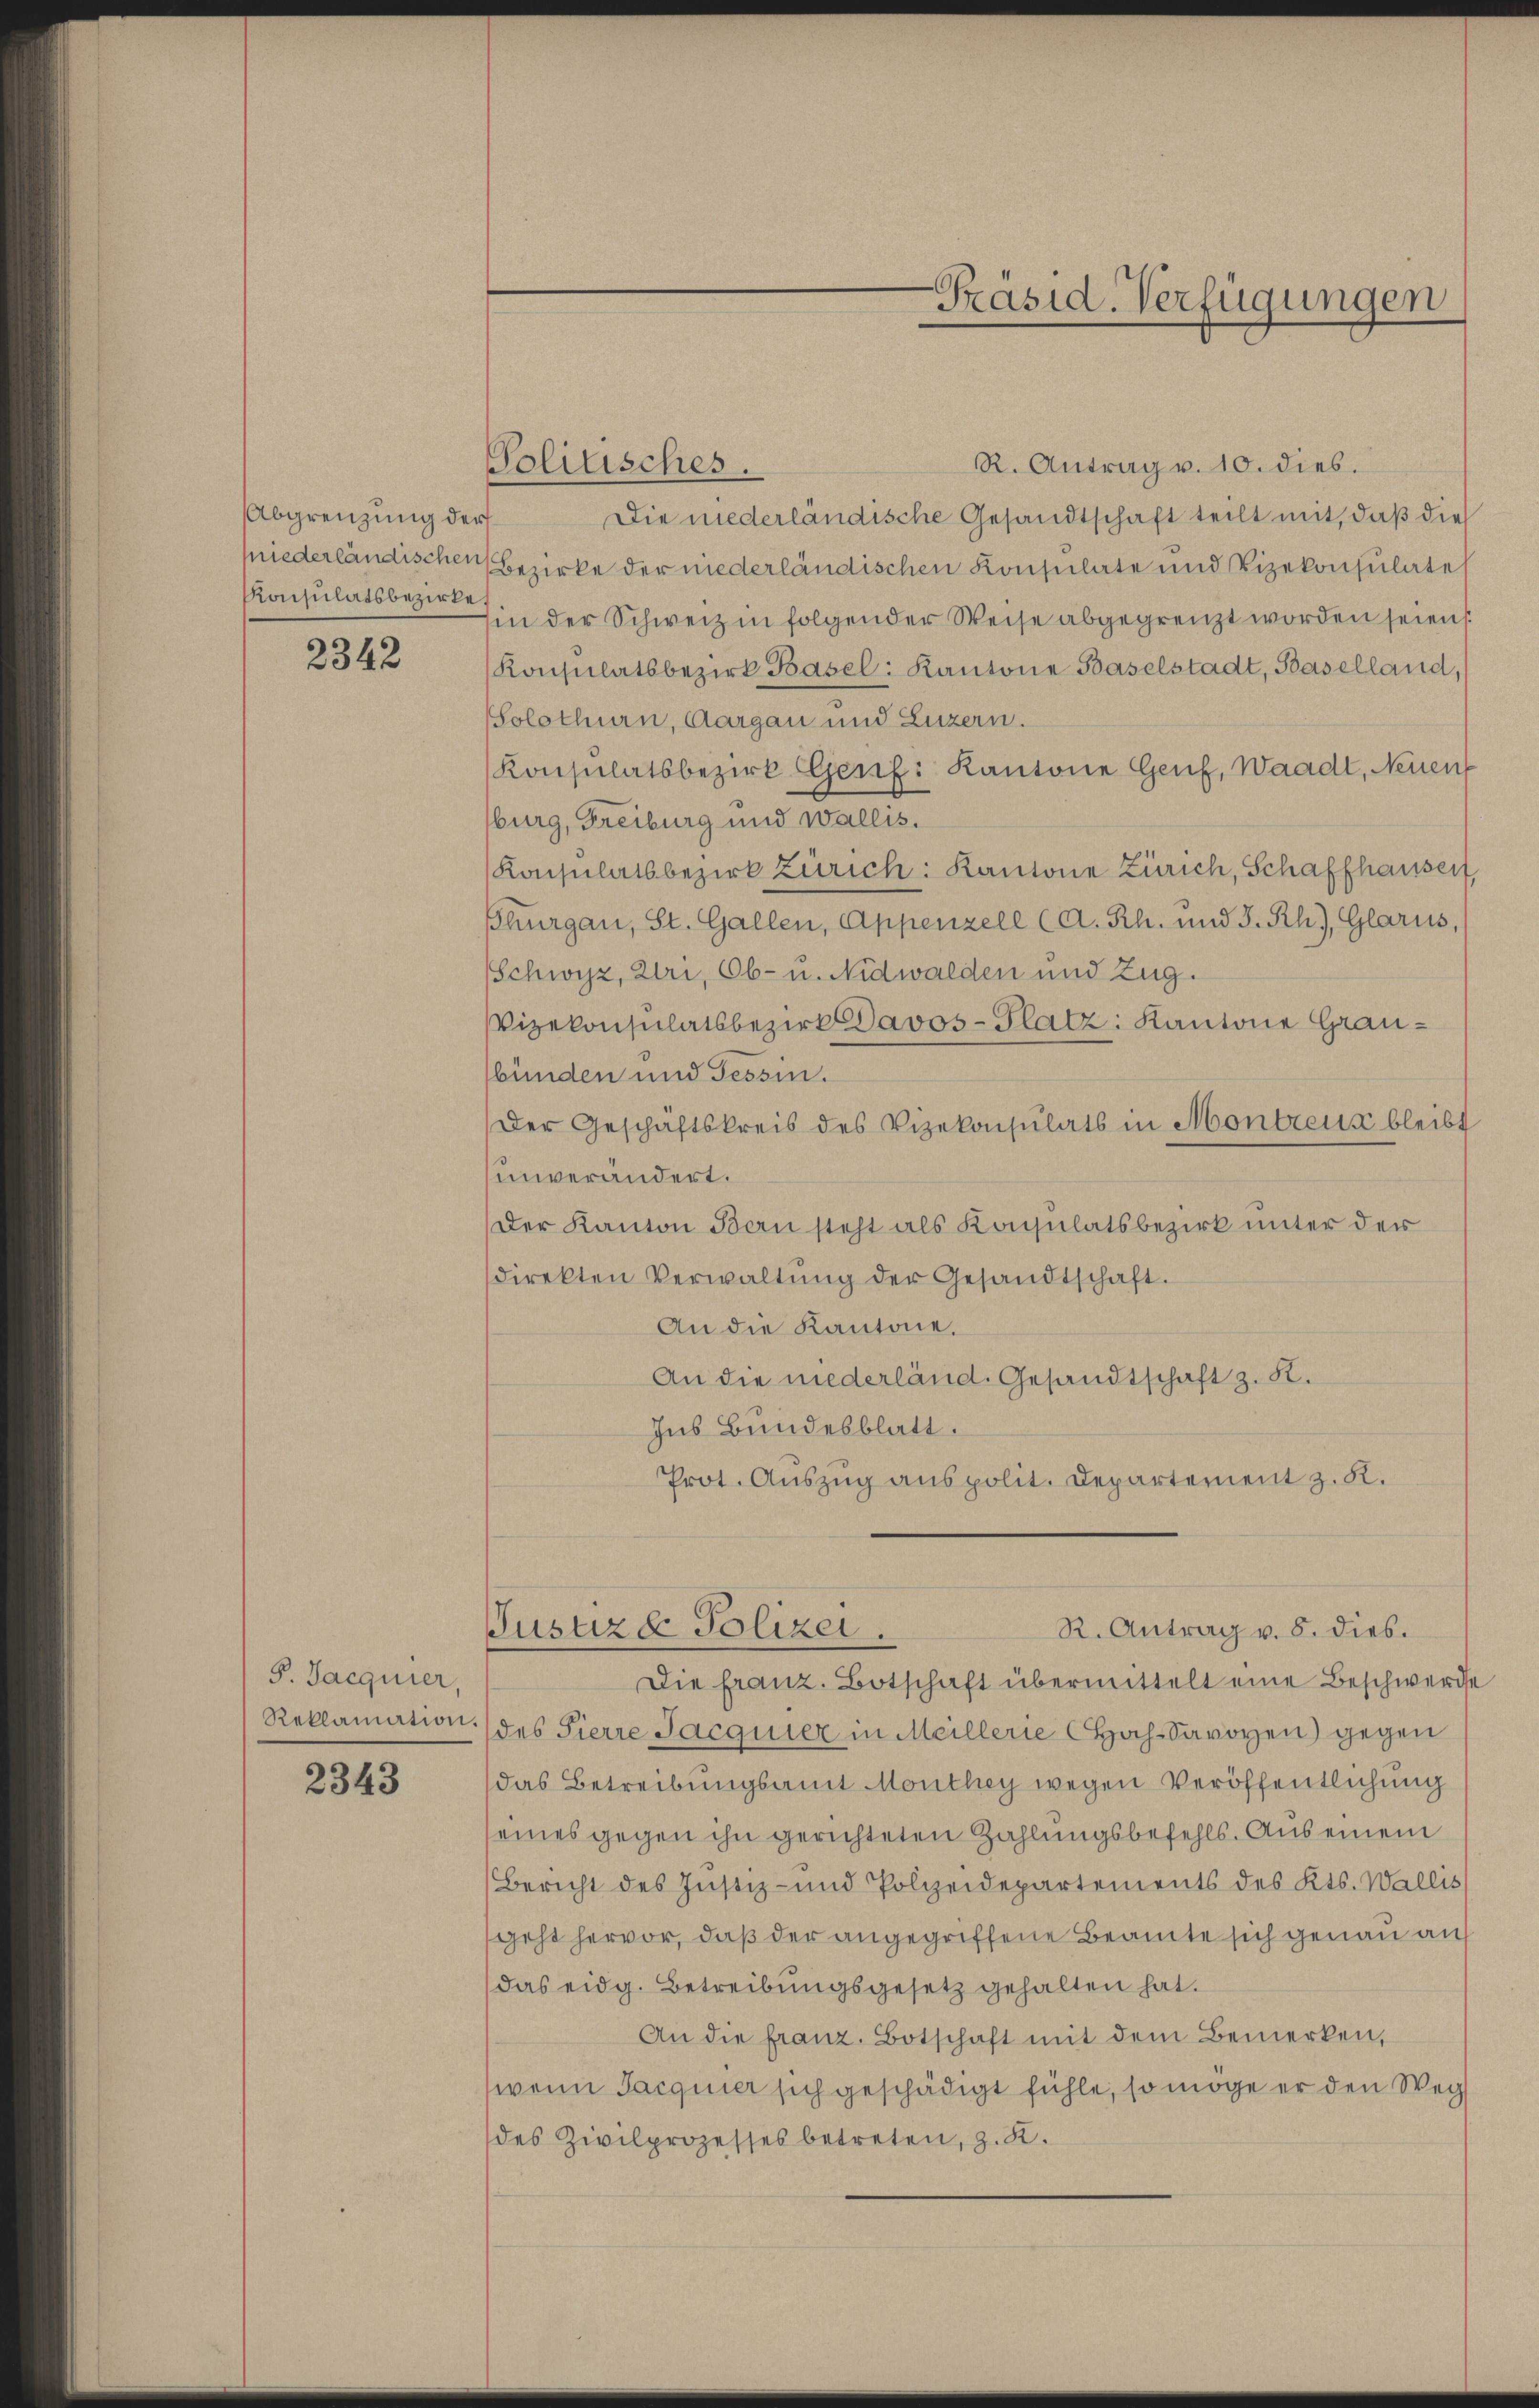
Abgrenzung der
niederländischen
Konsulatsbezirke

2342

P. Jacquier,
Reklamation.

2343

Politisches
R. Antrag v. 10. dies.
Die niederländische Gesandtschaft teilt mit, daß die
Bezirke der niederländischen Konsulate und Vizekonsulate
in der Schweiz in folgender Weise abgegrenzt worden seien
Konsulatsbezirk Basel: Kantone Baselstadt, Baselland,
Solothurn, Aargau und Luzern.
Konsulatsbezirk Gerifi Kantone Genf, Waadt, Neuen
burg, Freiburg und Wallis.
Konsulatsbezirk Zürich: Kantone Zürich, Schaffhausen,
hurgau, St. Gallen, Appenzell (A. Rh. und J. Rh.), Glarus,
Schwyz, Uri, Ob- u. Nidwalden und Zug.
Vizekonsulatsbezirk Davos- Platz: Kantone Graubünden und Tessin.
Der Geschäftskreis des Vizekonsulats in Montreux bleibt
unverändert.
Der Kanton Bern steht als Konsulatsbezirk unter der
direkten Verwaltŭng der Gesandtschaft.
An die Kantone.
An die niederländ. Gesandtschaft z. K.
Ins Bundesblatt.
Prot. Auszug aus polit. Departement z. K.

Justizd Polizei.

Präsid. Verfügungen

R. Antrag v. 8. dies.
Die franz. Botschaft übermittelt eine Beschwerde
des Pierre Jacquier in Meillerie Hoch-Savoyen) gegen
das Betreibungsamt Monthey wegen Veröffentlichung
eines gegen ihn gerichteten Zahlungsbefehls. Aus einem
Bericht des Justiz- und Polzeidepartements des Kts. Wallis
geht hervor, daß der angegriffene Beamte sich genau auf
das eidg. Betreibungsgesetz gehalten hat.
An die franz. Botschaft mit dem Bemerken,
wenn Jacquier sich geschädigt fühle, so möge er den Weg
des Zivilprozesses betreten, z. R.